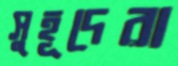
সুহূদেরা